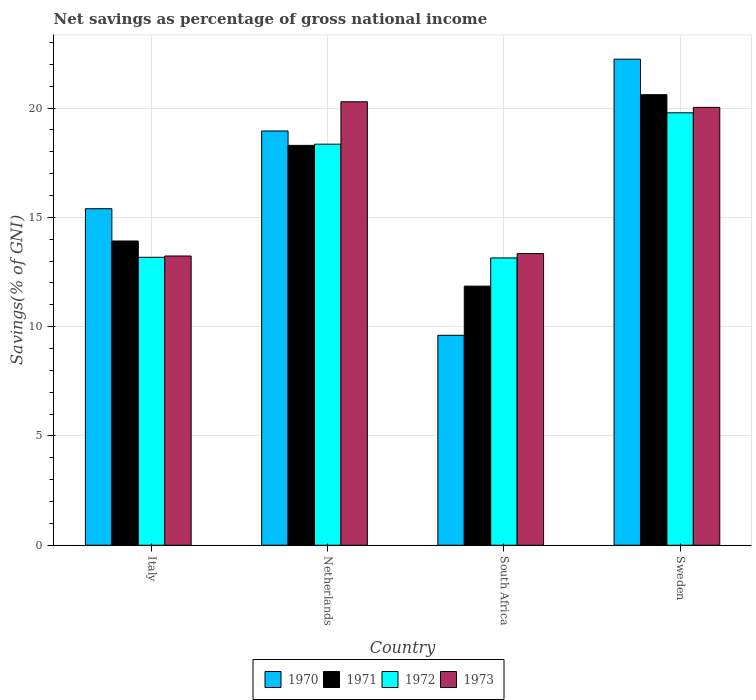
| Country | 1970 | 1971 | 1972 | 1973 |
 | --- | --- | --- | --- | --- |
 | Italy | 15.4 | 13.9 | 13.2 | 13.2 |
 | Netherlands | 19 | 18.3 | 18.3 | 20.3 |
 | South Africa | 9.6 | 11.9 | 13.1 | 13.3 |
 | Sweden | 22.2 | 20.6 | 19.8 | 20 |